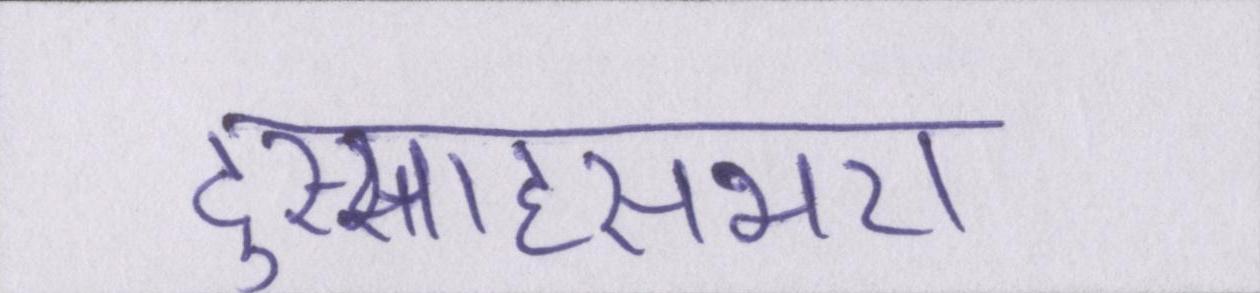
दुस्साहसभरा